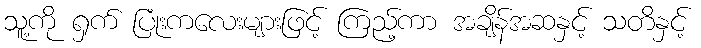
သူ့ကို ရှက် ပြုံးကလေးများဖြင့် ကြည့်ကာ အချိန်အဆနှင့် သတိနှင့်